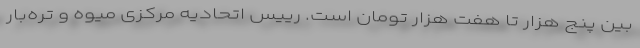
بین پنج هزار تا هفت هزار تومان است. رییس اتحادیه مرکزی میوه و تره‌بار